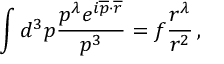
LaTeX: \int d ^ { 3 } p \frac { p ^ { \lambda } e ^ { i \overline { { { p } } } \cdot \overline { { { r } } } } } { p ^ { 3 } } = f \frac { r ^ { \lambda } } { r ^ { 2 } } \, ,